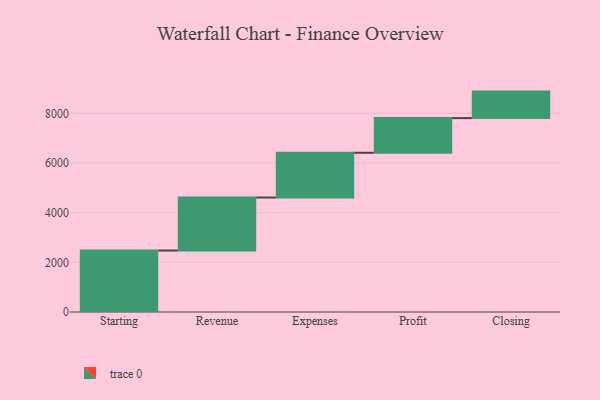
{"axis": {"x": "Step", "y": "Value"}, "legend": [""], "data": [{"x": "Starting", "y": 2475.0, "type": ""}, {"x": "Revenue", "y": 2134.0, "type": ""}, {"x": "Expenses", "y": 1802.0, "type": ""}, {"x": "Profit", "y": 1396.0, "type": ""}, {"x": "Closing", "y": 1067.0, "type": ""}]}